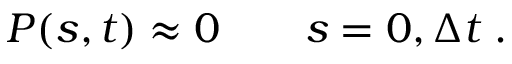
P ( s , t ) \approx 0 \qquad s = 0 , { \Delta t } \; .